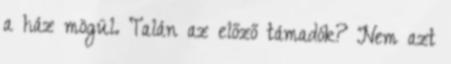
a ház mögül. Talán az előző támadók? Nem azt